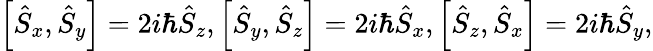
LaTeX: \begin{array}{r}{\left[\hat{S}_{x},\hat{S}_{y}\right]=2i\hbar\hat{S}_{z},\left[\hat{S}_{y},\hat{S}_{z}\right]=2i\hbar\hat{S}_{x},\left[\hat{S}_{z},\hat{S}_{x}\right]=2i\hbar\hat{S}_{y},}\end{array}